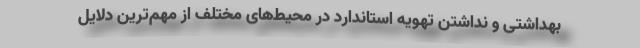
بهداشتی و نداشتن تهویه استاندارد در محیط‌های مختلف از مهم‌ترین دلایل